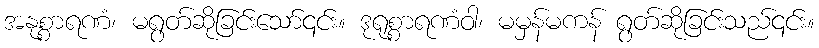
အနုစ္စာရဏံ၊ မရွတ်ဆိုခြင်းသော်၎င်း။ ဒုရုစ္စာရဏံဝါ၊ မမှန်မကန် ရွတ်ဆိုခြင်းသည်၎င်း။